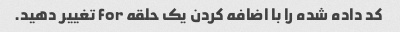
کد داده شده را با اضافه کردن یک حلقه for تغییر دهید.